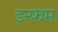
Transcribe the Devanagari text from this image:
इन्फेम